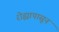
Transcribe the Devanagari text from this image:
रोह्यापासून